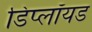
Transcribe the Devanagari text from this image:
डिप्लॉयड